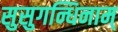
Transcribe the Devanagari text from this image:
सुसुगन्धिनाम्